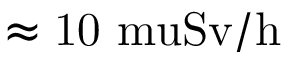
\approx \mathrm { 1 0 { \ m u } S v / h }